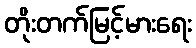
တိုးတက်မြင့်မားရေး